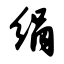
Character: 绢